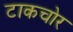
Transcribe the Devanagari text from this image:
टाकचोर